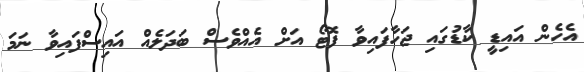
އެހެން އައިޑީ ކާޑުގައި ޖަހާފައިވާ ފޮޓޯ އަށް އެއްވެސް ބަދަލެއް އައިސްފައިވާ ނަމަ